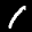
Label: 1